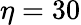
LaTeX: \eta=30